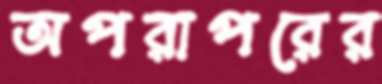
অপরাপরের